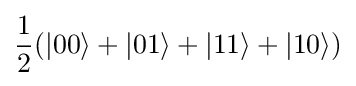
{\frac {1}{2}}(|00\rangle +|01\rangle +|11\rangle +|10\rangle )